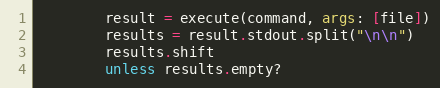
Language: Ruby
        result = execute(command, args: [file])
        results = result.stdout.split("\n\n")
        results.shift
        unless results.empty?